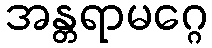
အန္တရာမဂ္ဂေ